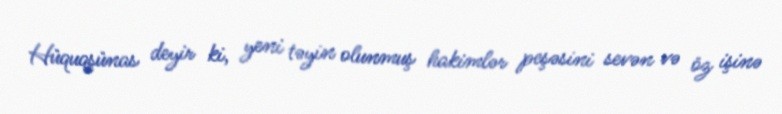
Hüquqşünas deyir ki, yeni təyin olunmuş hakimlər peşəsini sevən və öz işinə